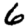
Digit: 6